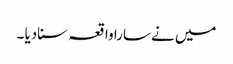
میں نے سارا واقعہ سنادیا ۔